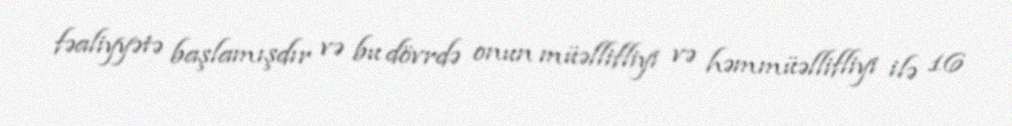
fəaliyyətə başlamışdır və bu dövrdə onun müəllifliyi və həmmüəllifliyi ilə 16